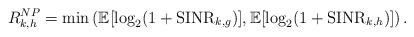
LaTeX: \begin{align*}R_{k,h}^{NP}=\min \left(\mathbb{E}[\log_2(1+\mathrm{SINR}_{k,g})], \mathbb{E}[\log_2(1+\mathrm{SINR}_{k,h})]\right).\end{align*}